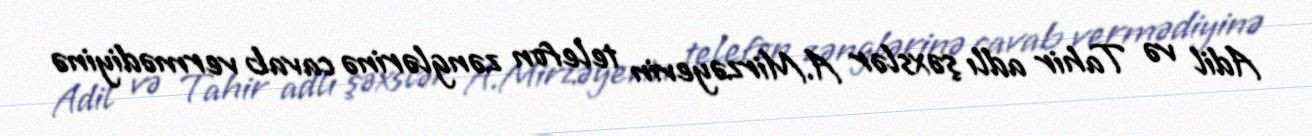
Adil və Tahir adlı şəxslər A.Mirzəyevin telefon zənglərinə cavab vermədiyinə